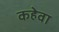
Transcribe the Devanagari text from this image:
कहेवा